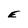
Character: E